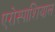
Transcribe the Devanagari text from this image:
एरोस्पाशियाल